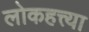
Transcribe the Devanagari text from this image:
लोकहत्त्या